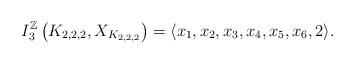
LaTeX: \begin{align*} I_3^\mathbb{Z}\left(K_{2,2,2},X_{K_{2,2,2}}\right)=\langle x_1, x_2, x_3, x_4, x_5, x_6, 2 \rangle. \end{align*}